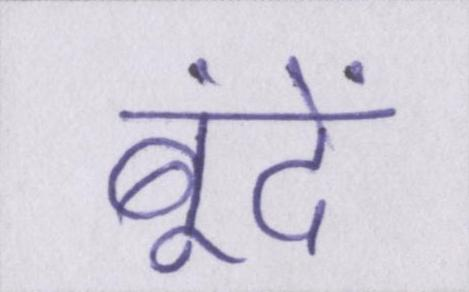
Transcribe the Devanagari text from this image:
बूंदें